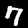
Label: 7